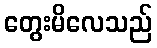
တွေးမိလေသည်